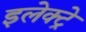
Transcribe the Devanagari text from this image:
इलेक्ट्रे